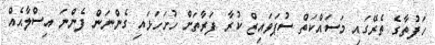
ހަފުތާގެ ތެރޭގައި މަސައްކަތް ސުޕަވައިޒް ކުރާ ފަރާތަށް ހުށަހަޅައި ގެންނަން ފެންނަ އިސްލާޙެއް